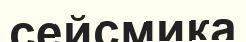
сейсмика